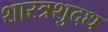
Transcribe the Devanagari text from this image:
शास्त्रशुदध